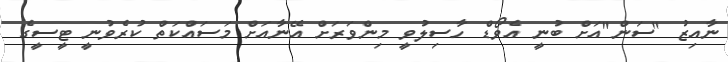
ނާއިޒު "ސަން"އަށް ބުނީ އެވޯޑް ހާސިލުވީ މިންވަރަށް އޭނާއަށް މަސައްކަތް ކުރެވުނީ ޓީސީގެ